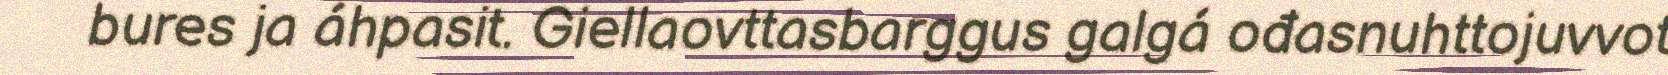
bures ja áhpasit. Giellaovttasbarggus galgá ođasnuhttojuvvot